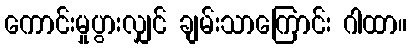
ကောင်းမှုပွားလျှင် ချမ်းသာကြောင်း ဂါထာ။